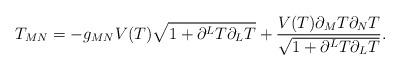
LaTeX: \begin{align*}T_{MN} = -g_{MN}V(T)\sqrt{1+\partial^LT\partial_LT} +\frac{V(T)\partial_MT\partial_NT} {\sqrt{1+\partial^LT\partial_LT}}. \end{align*}